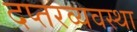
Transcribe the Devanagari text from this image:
दप्तरव्यवस्था